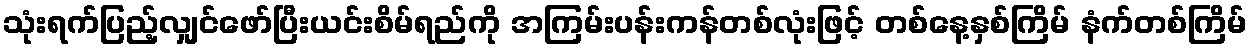
သုံးရက်ပြည့်လျှင်ဖော်ပြီးယင်းစိမ်ရည်ကို အကြမ်းပန်းကန်တစ်လုံးဖြင့် တစ်နေ့နှစ်ကြိမ် နံက်တစ်ကြိမ်